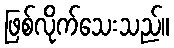
ဖြစ်လိုက်သေးသည်။